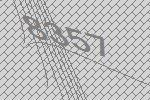
8357